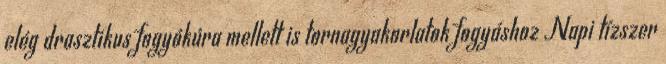
elég drasztikus fogyókúra mellett is tornagyakorlatok fogyáshoz Napi tízszer